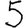
Digit: 5